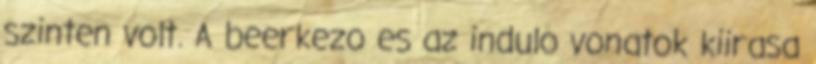
szinten volt. A beerkezo es az indulo vonatok kiirasa